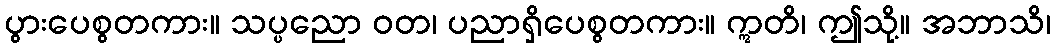
ပွားပေစွတကား။ သပ္ပညော ဝတ၊ ပညာရှိပေစွတကား။ ဣတိ၊ ဤသို့။ အဘာသိ၊